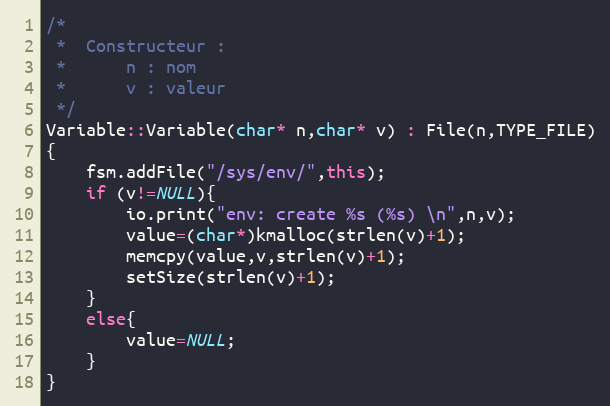
Language: C++
/*
 *	Constructeur :
 *		n : nom
 *		v : valeur
 */
Variable::Variable(char* n,char* v) : File(n,TYPE_FILE)
{
	fsm.addFile("/sys/env/",this);
	if (v!=NULL){
		io.print("env: create %s (%s) \n",n,v);
		value=(char*)kmalloc(strlen(v)+1);
		memcpy(value,v,strlen(v)+1);
		setSize(strlen(v)+1);
	}
	else{
		value=NULL;
	}
}